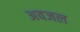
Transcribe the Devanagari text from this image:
अवजल